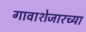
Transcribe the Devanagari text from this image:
गावाशेजारच्या